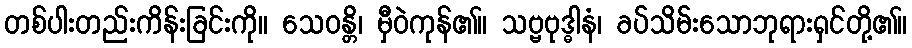
တစ်ပါးတည်းကိန်းခြင်းကို။ သေဝန္တိ၊ မှီဝဲကုန်၏။ သဗ္ဗဗုဒ္ဓါနံ၊ ခပ်သိမ်းသောဘုရားရှင်တို့၏။